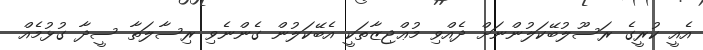
އެއީ ކުރީގެ ރަސޫލުބޭކަލުންނަށް ދެއްވި މުޢްޖިޒާތަކީ އެބޭކަލުން ގެންނެވި ރިސާލަތާ ސީދާ ގުޅުމެއް